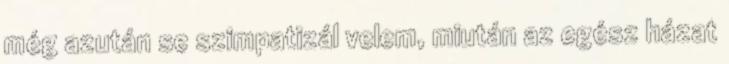
még azután se szimpatizál velem, miután az egész házat